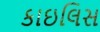
કાઇલિસ